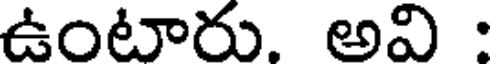
ఉంటారు. అవి :